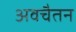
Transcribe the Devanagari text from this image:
अवचैतन